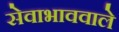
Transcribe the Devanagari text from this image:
सेवाभाववाले